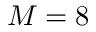
M = 8